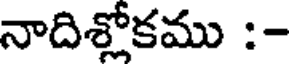
నాదిశ్లోకము :-